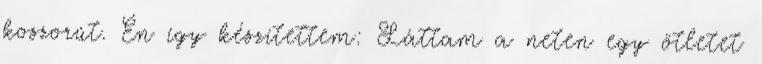
koszorút. Én így készítettem: Láttam a neten egy ötletet